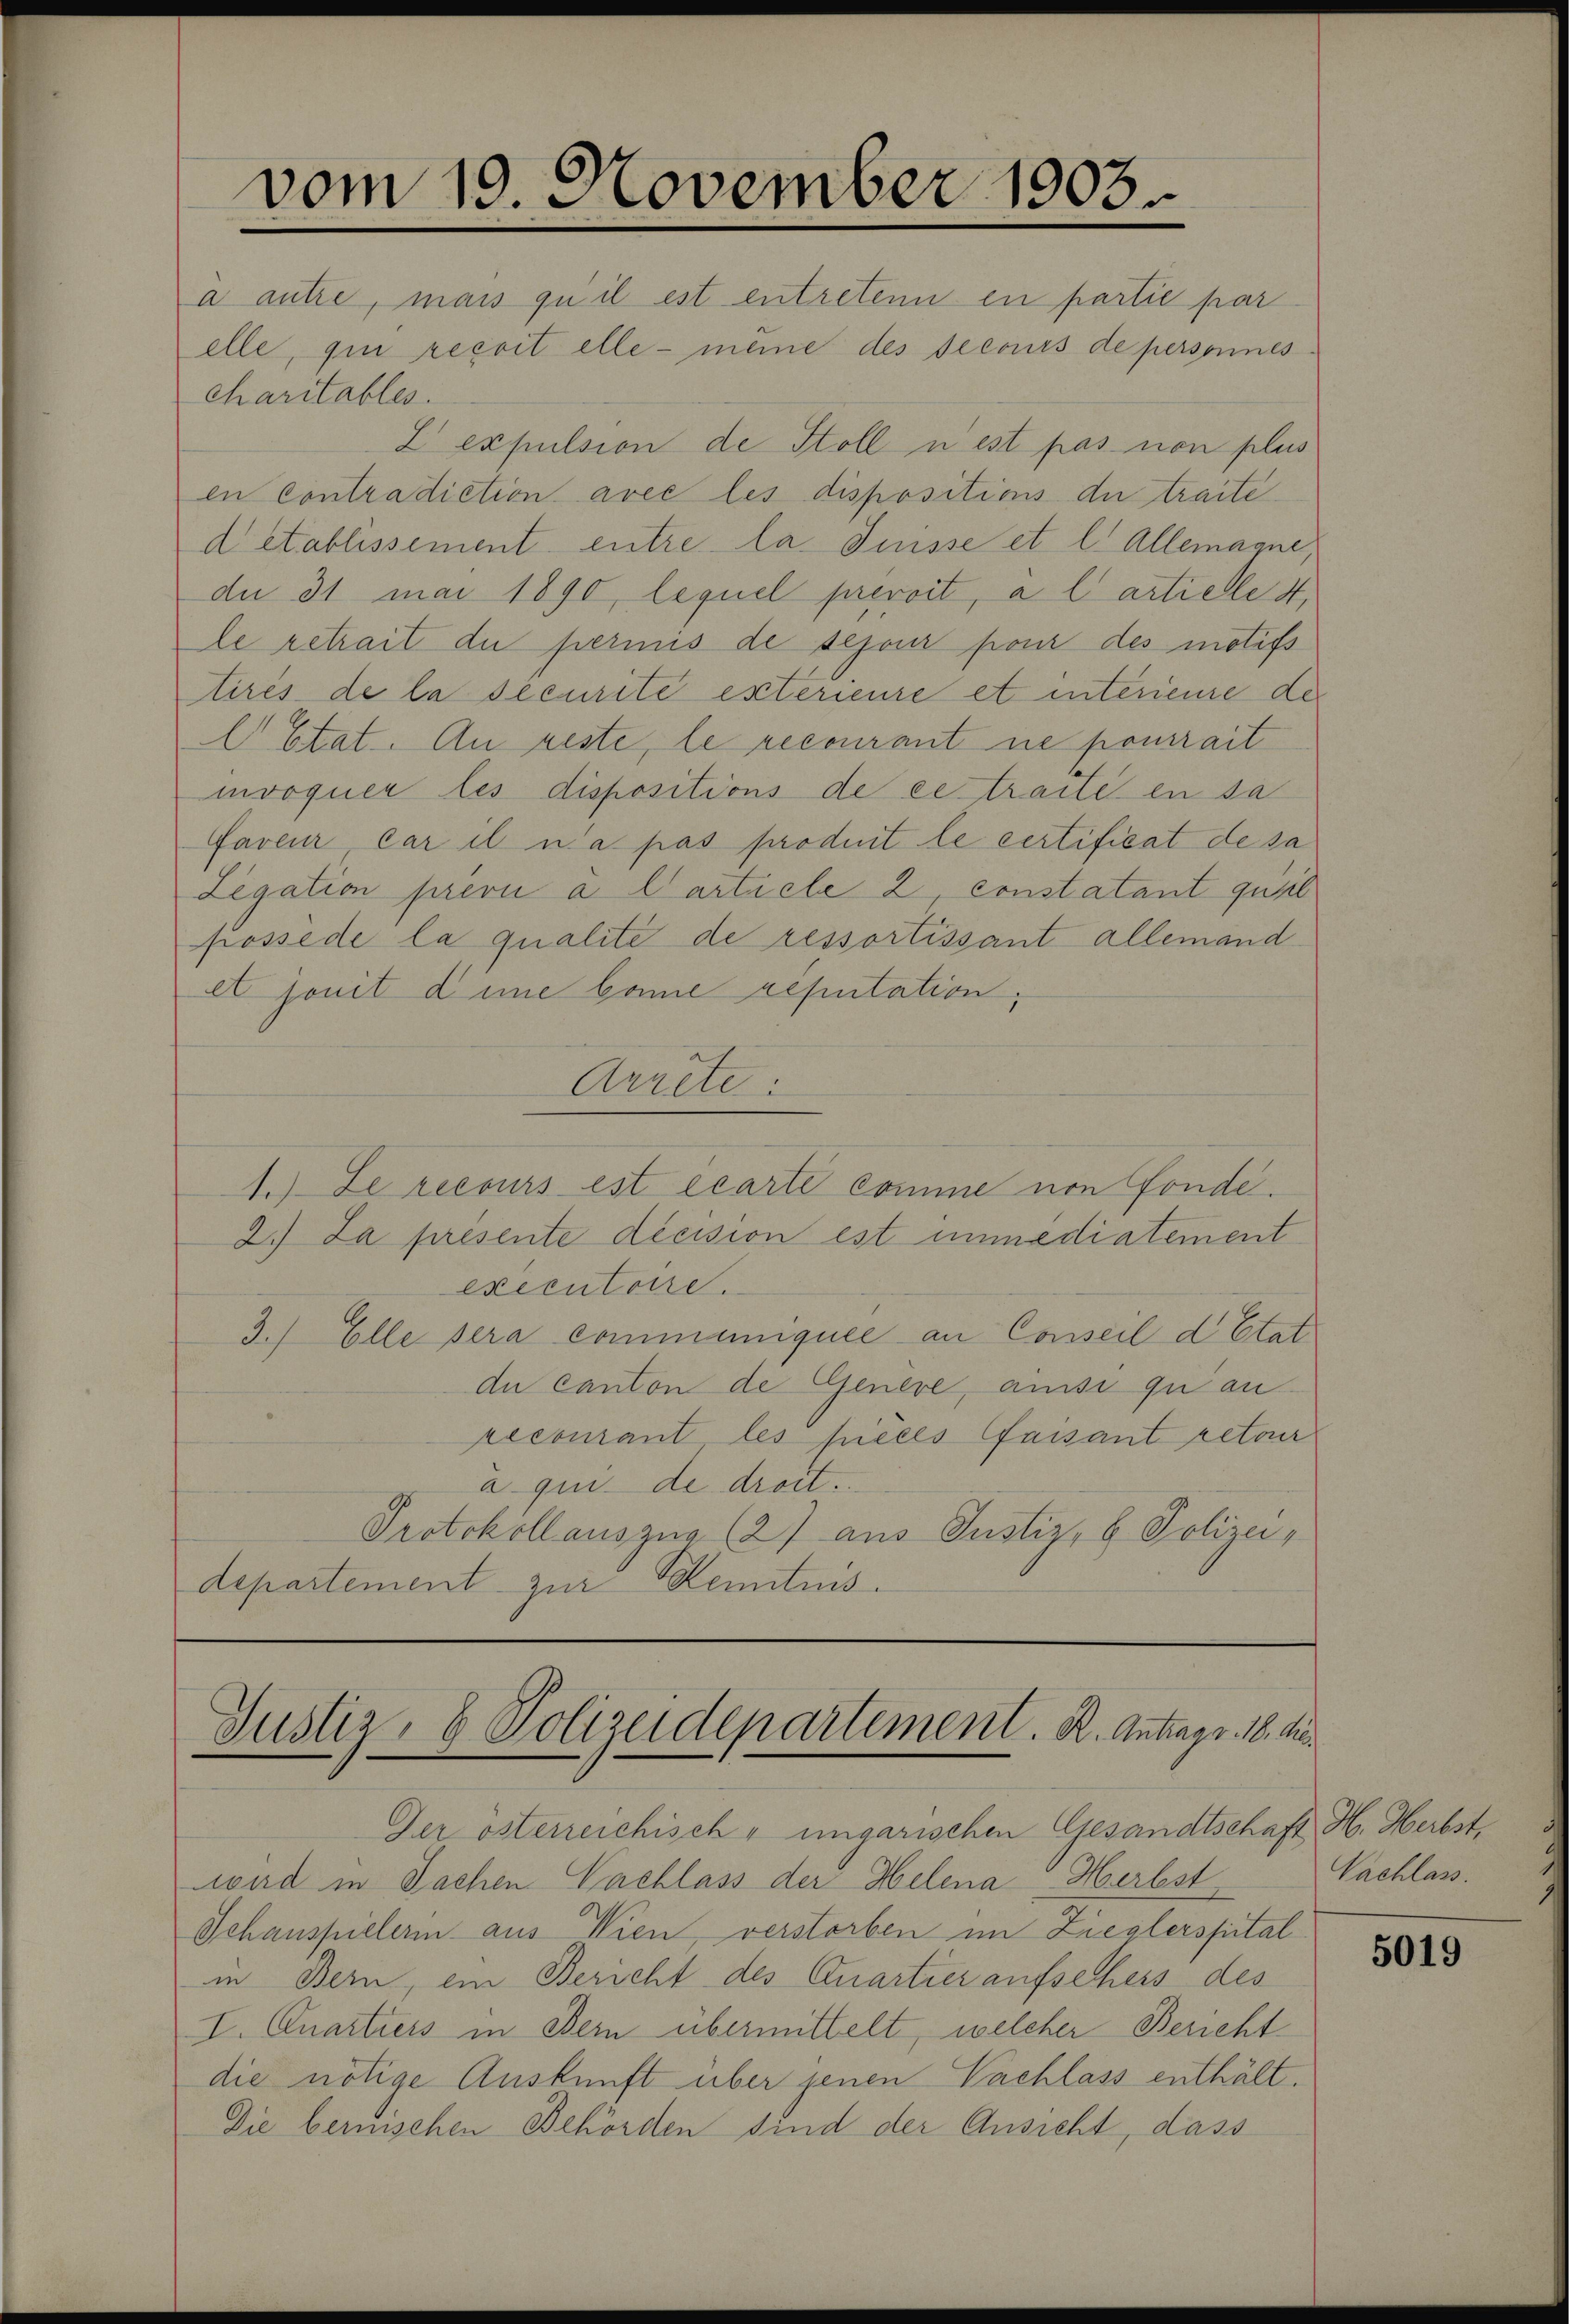
vom 19. November 1903.

Justiz- & Polizeidepartement. R. Antrags 18. die

a autre, mais quil est entretenn en partie par
elle, qui reçoit elle - meine des secours de personnes
charitables.
2 expulsion de Stoll n’est pas non plus
en contradiction avec les dispositions der traite
detablissement entre la Suisse et l. Allemagne,
du 31 mai 1890, lequel prevoit, a l artiele 4,
le retrait du perinis de sejour pour des motifs
tirés de la securité esterieure et interieure der
E Etat. An reste, le recourant ne pourrait
mvoquer les dispositions de ce traite en sa
faveur car il a pas produit le certificat de sa
Legation prern a l’article 2, constatant quib
possede la qualité de ressortissant allemand
et jouit die baie reputation,
Arrete.
1.) Le recours est écarte comme von Fonde.
2. La presente décision est immediatement
executoire.
3.) Elle sera communiquée an Conseil d Etat
du canton de Genere, ainsi quan
recourant les pieces faisant retour
a qui de droit.
Protokollauszug (2) aus Justiz- & Polizei,
departement zur Kenntnis¬

Der österreichische ungarischen Gesandtschaft H. Herbstwird in Sachen Nachlass der Helena Herbst
Schauspielerin aus Wien, verstorben im Zieglerspital
in Bern, ein Bericht des Quartier aufsehers des
I. Quartiers in Bern übermittelt, welcher Bericht
die nötige Auskunft über jenen Nachlass enthält.
Die berischen Behörden sind der Ansicht, dass

Vachlass.

5019